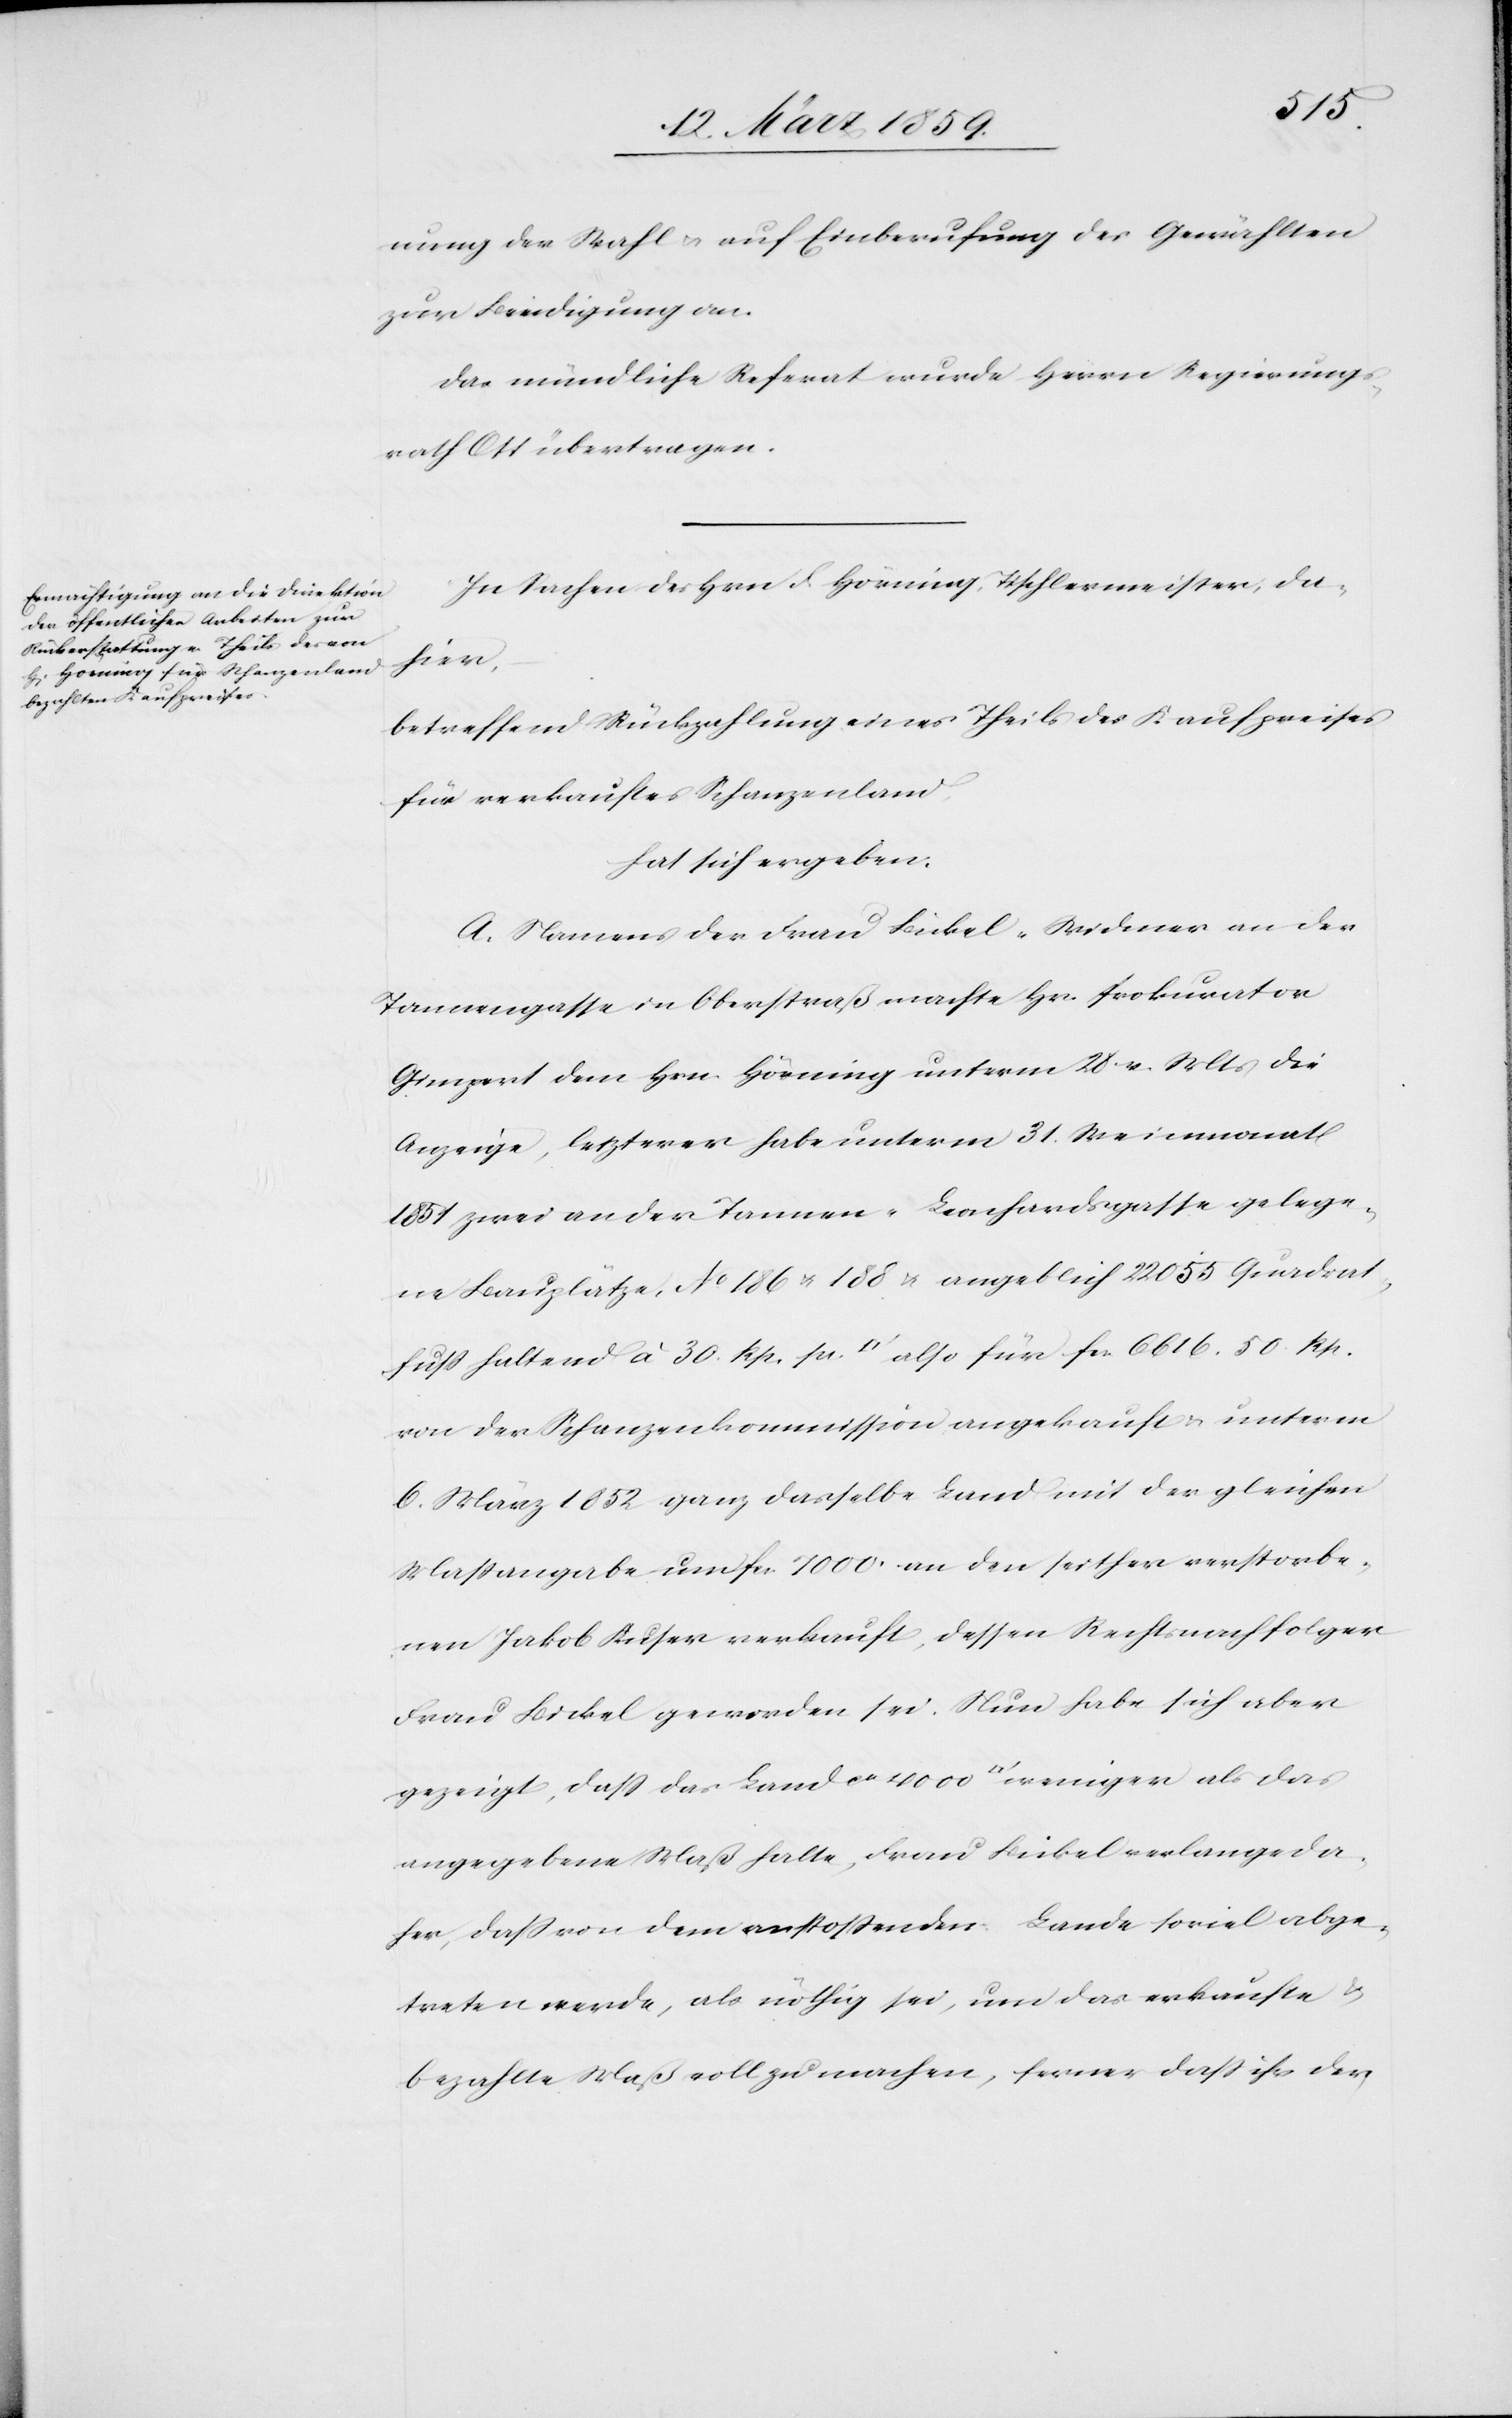
nung der Wahl u. auf Einberufung des Gewählten
zur Beeidigung an.
Das mündliche Referat wurde Herrn Regierungs¬
rath Ott übertragen.
In Sachen des Hrn F. Hörning, Tischlermeister da¬
hier,
betreffend Rückzahlung eines Theils des Kaufpreises
für verkauftes Schanzenland,
hat sich ergeben:
A. Namens der Frau Bickel-Widmer an der
Tannengasse in Oberstraß machte Hr. Prokurator
Gimpert dem Hrn. Hörning unterm 28 v. Mts die
Anzeige, letzterer habe unterm 31. Weinmonat
1851 zwei an der Tannen-Leonhardsgasse gelege¬
ne Bauplätze, No. 186 u. 188 u. angeblich 22 055 Quadrat¬
fuß haltend à 30. Rp. per. [Quadratfuß] also für fcs. 6616. 50 Rp.
von der Schanzenkommission angekauft & unterm
6. März 1852 ganz dasselbe Land mit der gleichen
Maßangabe um fcs. 7000 an den seither verstorbe¬
nen Jakob Kuser verkauft, dessen Rechtsnachfolger
Frau Bickel geworden sei. Nun habe sich aber
gezeigt, daß das Land ca 4000 [Quadratfuß] weniger als das
angegebene Maß halte, Frau Bickel verlange da¬
her, daß von dem anstoßenden Lande soviel abge¬
treten werde, als nöthig sei, um das erkaufte &
bezahlte Maß voll zu machen, ferner daß ihr der